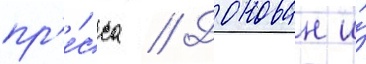
пр'е́сса // Донован и́